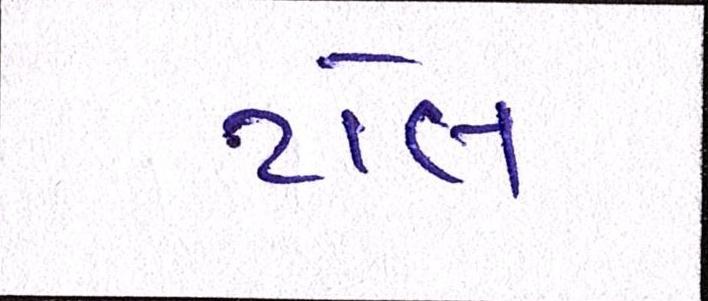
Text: ટોલ